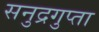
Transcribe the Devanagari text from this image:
सनुद्रगुप्ता